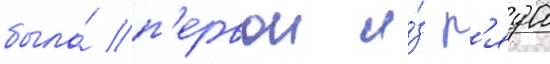
была́ п'ервои и́з р'яда